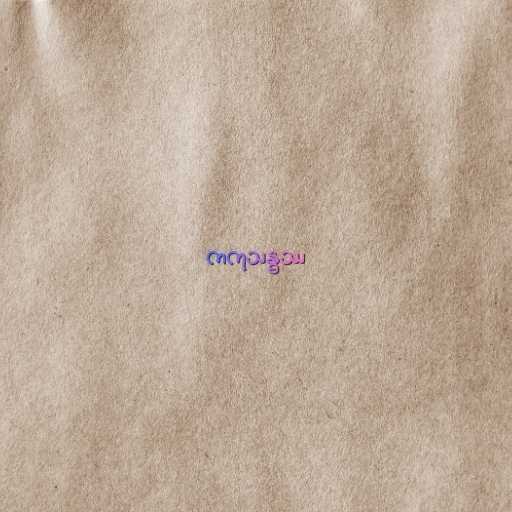
ကကုသန္ဓဿ